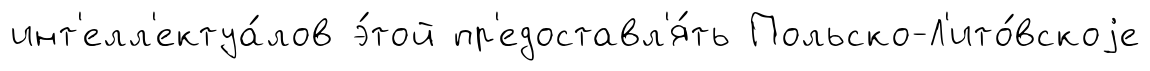
инт'елл'ектуа́лов э́той пр'едоставл'я́ть Польско-Л'ито́вскоjе